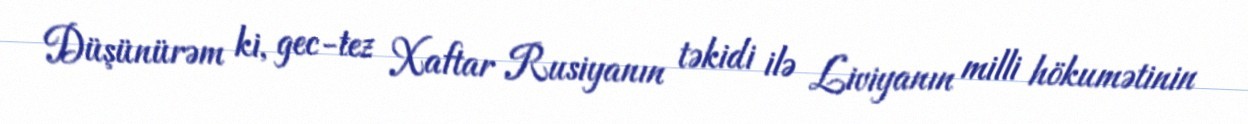
Düşünürəm ki, gec-tez Xaftar Rusiyanın təkidi ilə Liviyanın milli hökumətinin